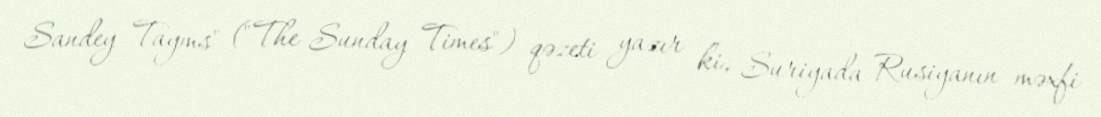
Sandey Tayms" ("The Sunday Times") qəzeti yazır ki, Suriyada Rusiyanın məxfi